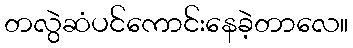
တလွဲဆံပင်ကောင်းနေခဲ့တာလေ။